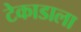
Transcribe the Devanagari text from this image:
टेकाडाला